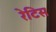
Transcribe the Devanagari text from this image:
रेटिस